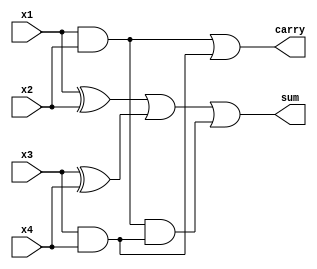
module approx_comp ( input x1, x2, x3,x4, output sum, carry );
  
  wire w1,w2 ;
  
    assign
         w1    = x1 & x2 ,                          // temp value1
         w2    = x3 & x4 ,                          // temp value1
         sum   = (x1 ^ x2) | (x3 ^ x4) | (w1 & w2) ,//sum calculation
         carry = w1 | w2  ;                         //carry calculation
  
endmodule